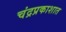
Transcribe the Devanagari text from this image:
चंद्रप्रकाशात